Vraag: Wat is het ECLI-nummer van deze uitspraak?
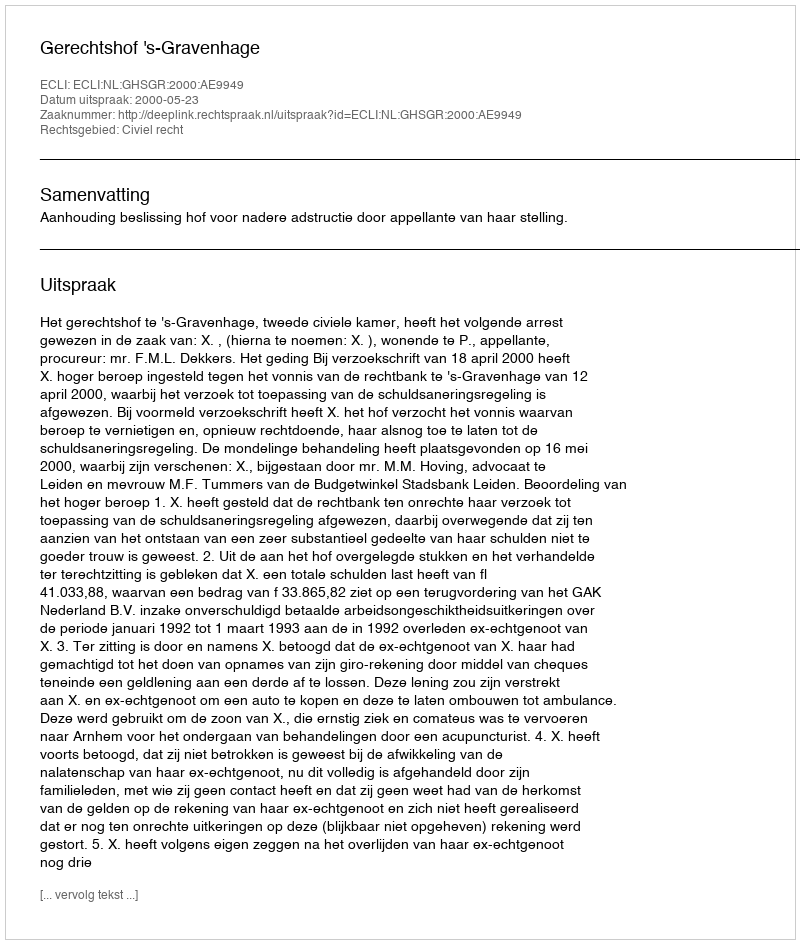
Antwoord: ECLI:NL:GHSGR:2000:AE9949